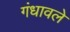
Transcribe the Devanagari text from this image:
गंधावले